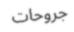
جروحات